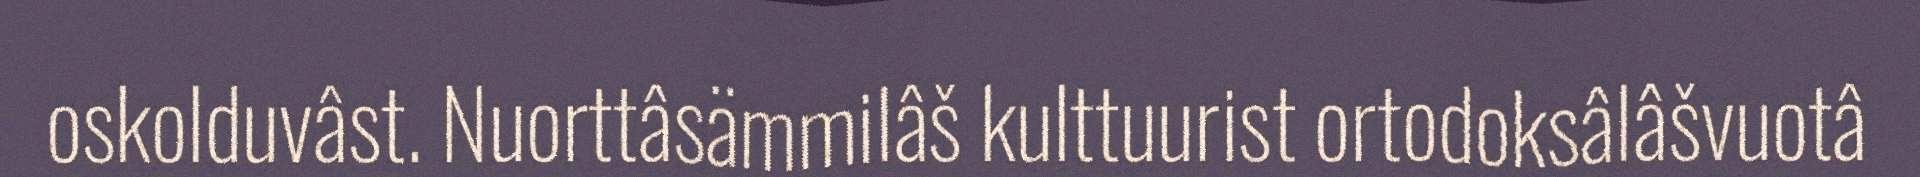
oskolduvâst. Nuorttâsämmilâš kulttuurist ortodoksâlâšvuotâ